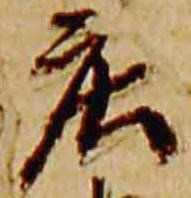
庄